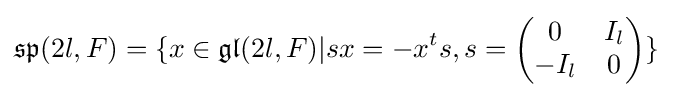
{\mathfrak {sp}}(2l,F)=\{x\in {\mathfrak {gl}}(2l,F)|sx=-x^{t}s,s={\begin{pmatrix}0&I_{l}\\-I_{l}&0\end{pmatrix}}\}